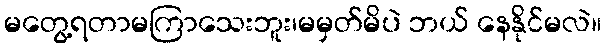
မတွေ့ရတာမကြာသေးဘူး၊မမှတ်မိပဲ ဘယ် နေနိုင်မလဲ။